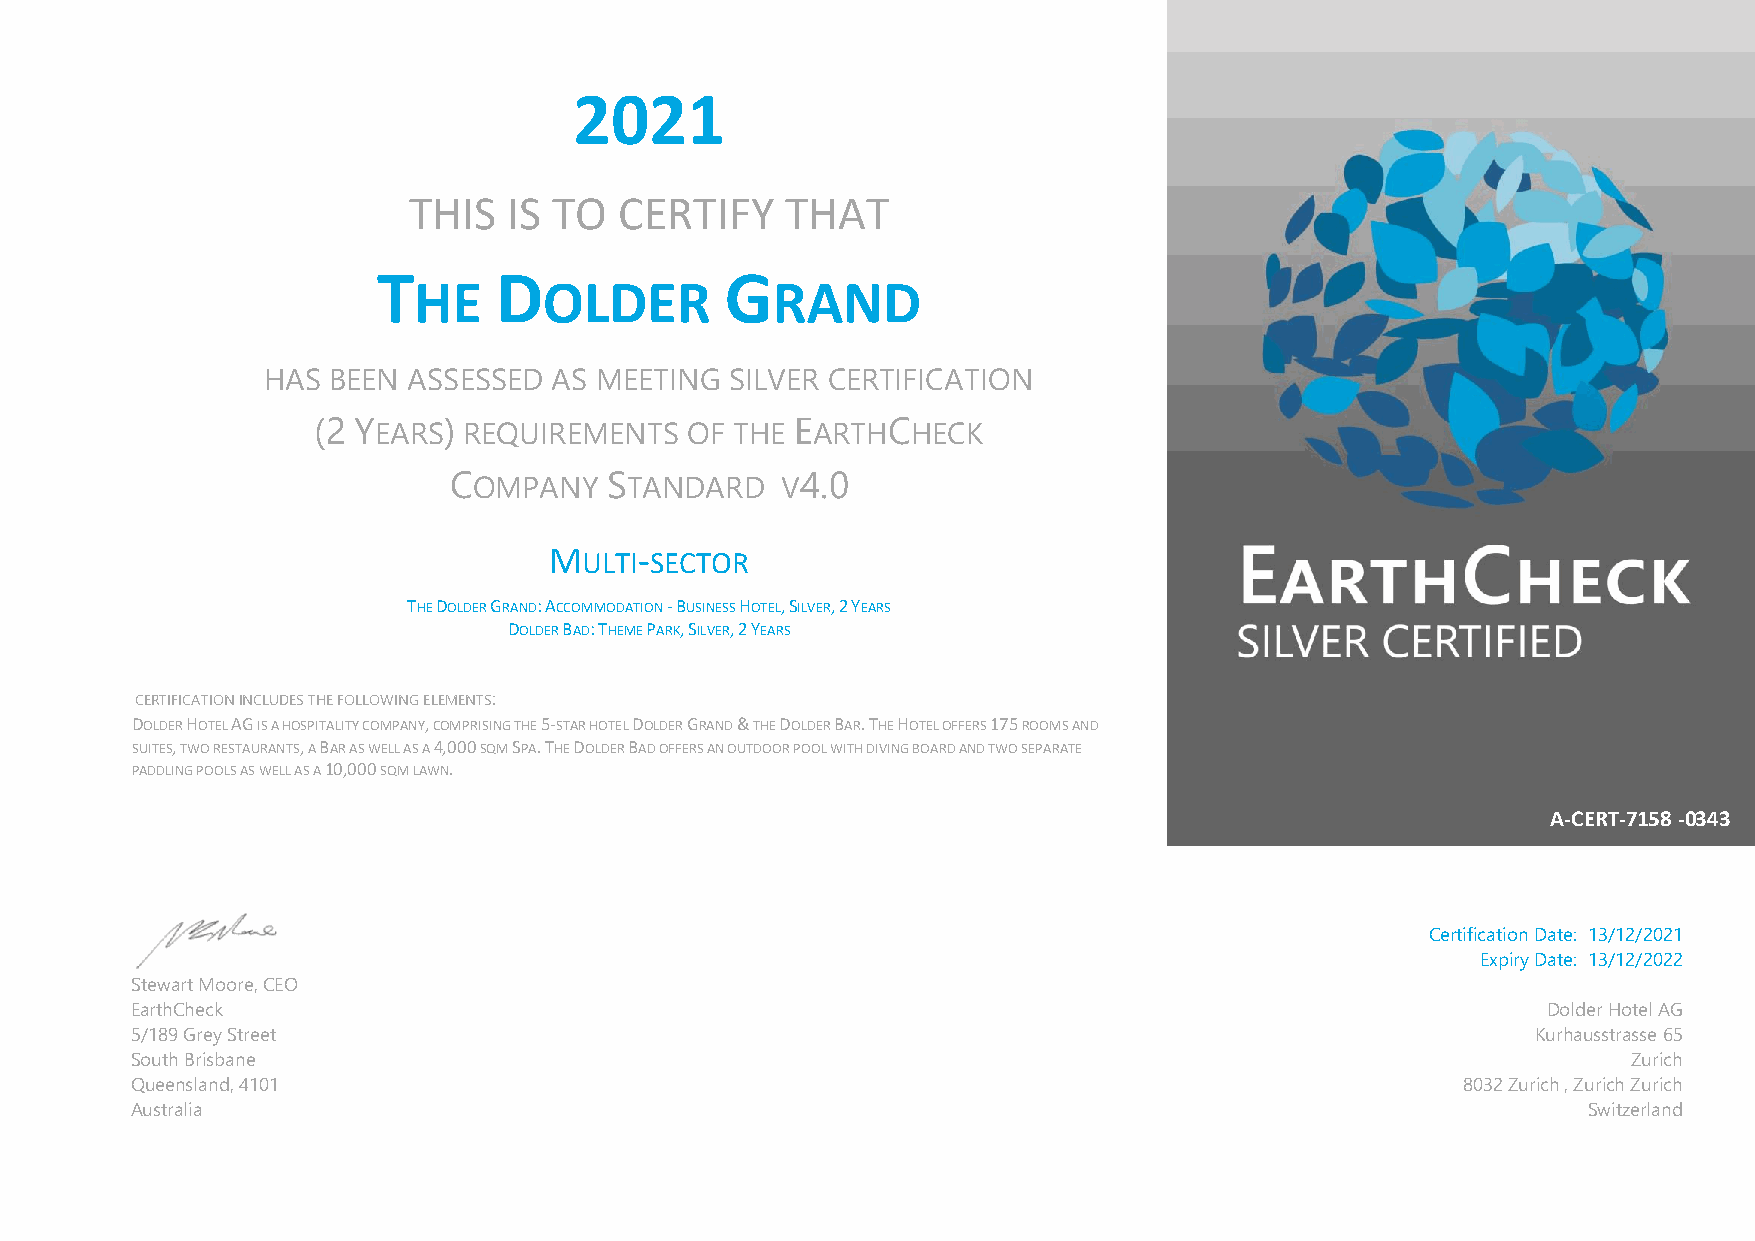
2021
 THIS   IS TO  CERTIFY    THAT
 T       D              G
 HE       OLDER          RAND
 HAS  BEEN ASSESSED  AS MEETING SILVER CERTIFICATION
 (2 YEARS) REQUIREMENTS  OF THE  EARTHCHECK
 COMPANY   STANDARD    V4.0
 MULTI-SECTOR
 THE DOLDER GRAND: ACCOMMODATION - BUSINESS HOTEL, SILVER, 2 YEARS
 DOLDER BAD: THEME PARK, SILVER, 2 YEARS
 CERTIFICATION INCLUDES THE FOLLOWING ELEMENTS:
 DOLDER HOTEL AG IS A HOSPITALITY COMPANY, COMPRISING THE 5-STAR HOTEL DOLDER GRAND & THE DOLDER BAR. THE HOTEL OFFERS 175 ROOMS AND
 SUITES, TWO RESTAURANTS, A BAR AS WELL AS A 4,000 SQM SPA. THE DOLDER BAD OFFERS AN OUTDOOR POOL WITH DIVING BOARD AND TWO SEPARATE
 PADDLING POOLS AS WELL AS A 10,000 SQM LAWN.
 A-CERT-7158 -0343
 Certification Date: 13/12/2021
 Expiry Date: 13/12/2022
 Stewart Moore, CEO
 EarthCheck                                                                                   Dolder Hotel AG
 5/189 Grey Street                                                                            Kurhausstrasse 65
 South Brisbane                                                                                     Zurich
 Queensland, 4101                                                                        8032 Zurich , Zurich Zurich
 Australia                                                                                       Switzerland